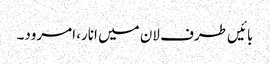
بائیں طرف لان میں انار، امرود۔